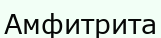
Амфитрита